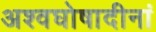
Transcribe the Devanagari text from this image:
अश्वघोषादीनां